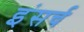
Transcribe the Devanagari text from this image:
इंसर्च